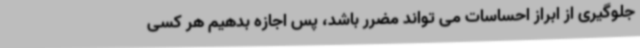
جلوگیری از ابراز احساسات می تواند مضرر باشد، پس اجازه بدهیم هر کسی